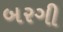
બરગી